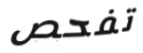
تفحص